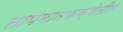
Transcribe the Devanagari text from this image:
तापमानकक्षेतील